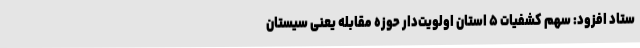
ستاد افزود: سهم کشفیات ۵ استان اولویت‌دار حوزه مقابله یعنی سیستان